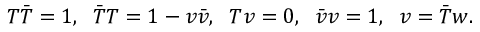
T \bar { T } = 1 , \; \; \bar { T } T = 1 - v \bar { v } , \; \; T v = 0 , \; \; \bar { v } v = 1 , \; \; v = \bar { T } w .